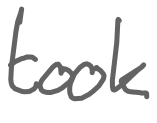
Text: took
Cross-out: clean
Writing tool: digital_gray